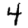
Digit: 4